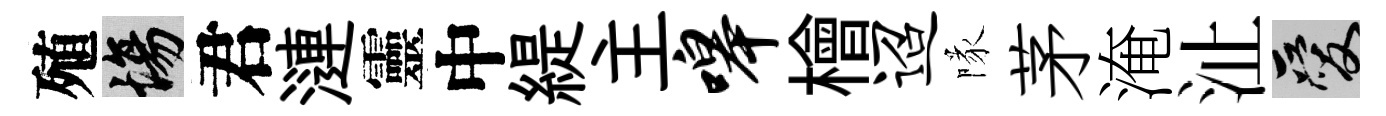
殖場君漣靈中緹主嗥檜迢隊茅淹沚爱